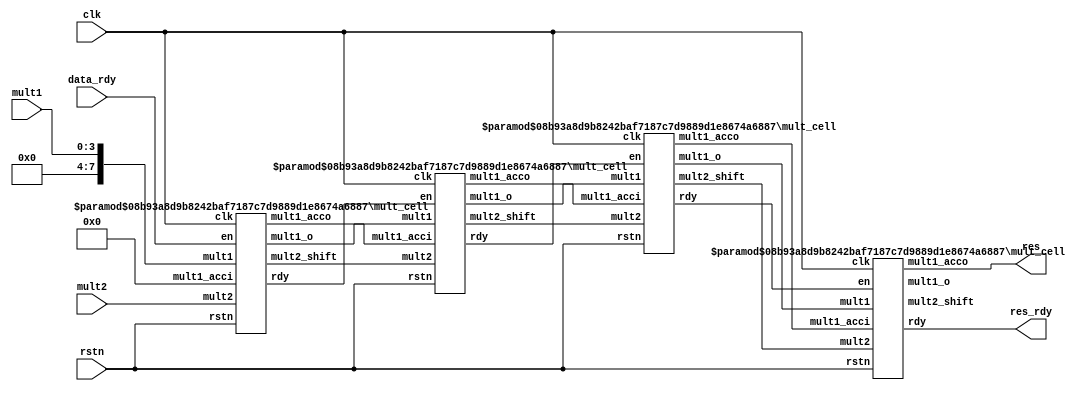
module pipelined_multiplier#(
    parameter N = 4,
    parameter M = 4
)(
    input               clk, 
    input               rstn,
    input               data_rdy,
    input   [N-1:0]     mult1,
    input   [M-1:0]     mult2,

    output              res_rdy,
    output  [N+M-1:0]   res
);

    wire [N+M-1:0]  mult1_t         [M-1:0];
    wire [M-1:0]    mult2_t         [M-1:0];
    wire [N+M-1:0]  mult1_acc_t     [M-1:0];
    wire [M-1:0]    rdy_t;   

    // generate
    mult_cell #(.N(N), .M(M)) inst0(
            .clk            (clk),
            .rstn           (rstn),
            .en             (data_rdy),
            .mult1          ({{(M){1'b0}}, mult1}),
            .mult2          (mult2),
            .mult1_acci     ({(N+M){1'b0}}),

            .mult1_acco     (mult1_acc_t[0]),
            .mult2_shift    (mult2_t[0]),
            .mult1_o        (mult1_t[0]),
            .rdy            (rdy_t[0])
    );

    genvar  i;
    generate
        for (i=1; i<=M-1; i=i+1) begin:mult_stepx
            mult_cell #(.N(N), .M(M)) inst (
                .clk            (clk),
                .rstn           (rstn),
                .en             (rdy_t[i-1]),
                .mult1          (mult1_t[i-1]),
                .mult2          (mult2_t[i-1]),
                .mult1_acci     (mult1_acc_t[i-1]),

                .mult1_acco     (mult1_acc_t[i]),
                .mult1_o        (mult1_t[i]),
                .mult2_shift    (mult2_t[i]),
                .rdy            (rdy_t[i])
            );
        end
    endgenerate

    assign res_rdy      = rdy_t[M-1];
    assign res          = mult1_acc_t[M-1];
endmodule

module mult_cell #(
    parameter N = 4,
    parameter M = 4
)
(
    input                   clk,
    input                   rstn,
    input                   en,
    input   [M+N-1:0]       mult1,
    input   [M-1:0]         mult2,
    input   [M+N-1:0]       mult1_acci,

    output reg [M+N-1:0]    mult1_o,
    output reg [M-1:0]      mult2_shift,
    output reg [M+N-1:0]    mult1_acco,
    output reg              rdy
);

    always @(posedge clk or negedge rstn) begin
        if (!rstn) begin
            rdy         <= 'b0;
            mult1_o     <= 'b0;
            mult1_acco  <= 'b0;
            mult2_shift <= 'b0; 
        end

        else if (en) begin
            rdy         <= 'b1;
            mult2_shift <= mult2 >> 1;
            mult1_o     <= mult1 << 1;

            if (mult2[0]) begin
                mult1_acco <= mult1_acci + mult1;
            end

            else begin
                mult1_acco <= mult1_acci;
            end
        end 

        else begin
            rdy             <= 'b0;
            mult1_o         <= 'b0;
            mult1_acco      <= 'b0;
            mult2_shift     <= 'b0; 
        end 
    end
    
endmodule